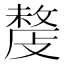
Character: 𢿍